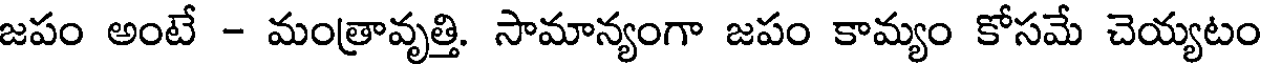
జపం అంటే - మంత్రావృత్తి. సామాన్యంగా జపం కామ్యం కోసమే చెయ్యటం